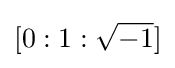
[0:1:{\sqrt {-1}}]